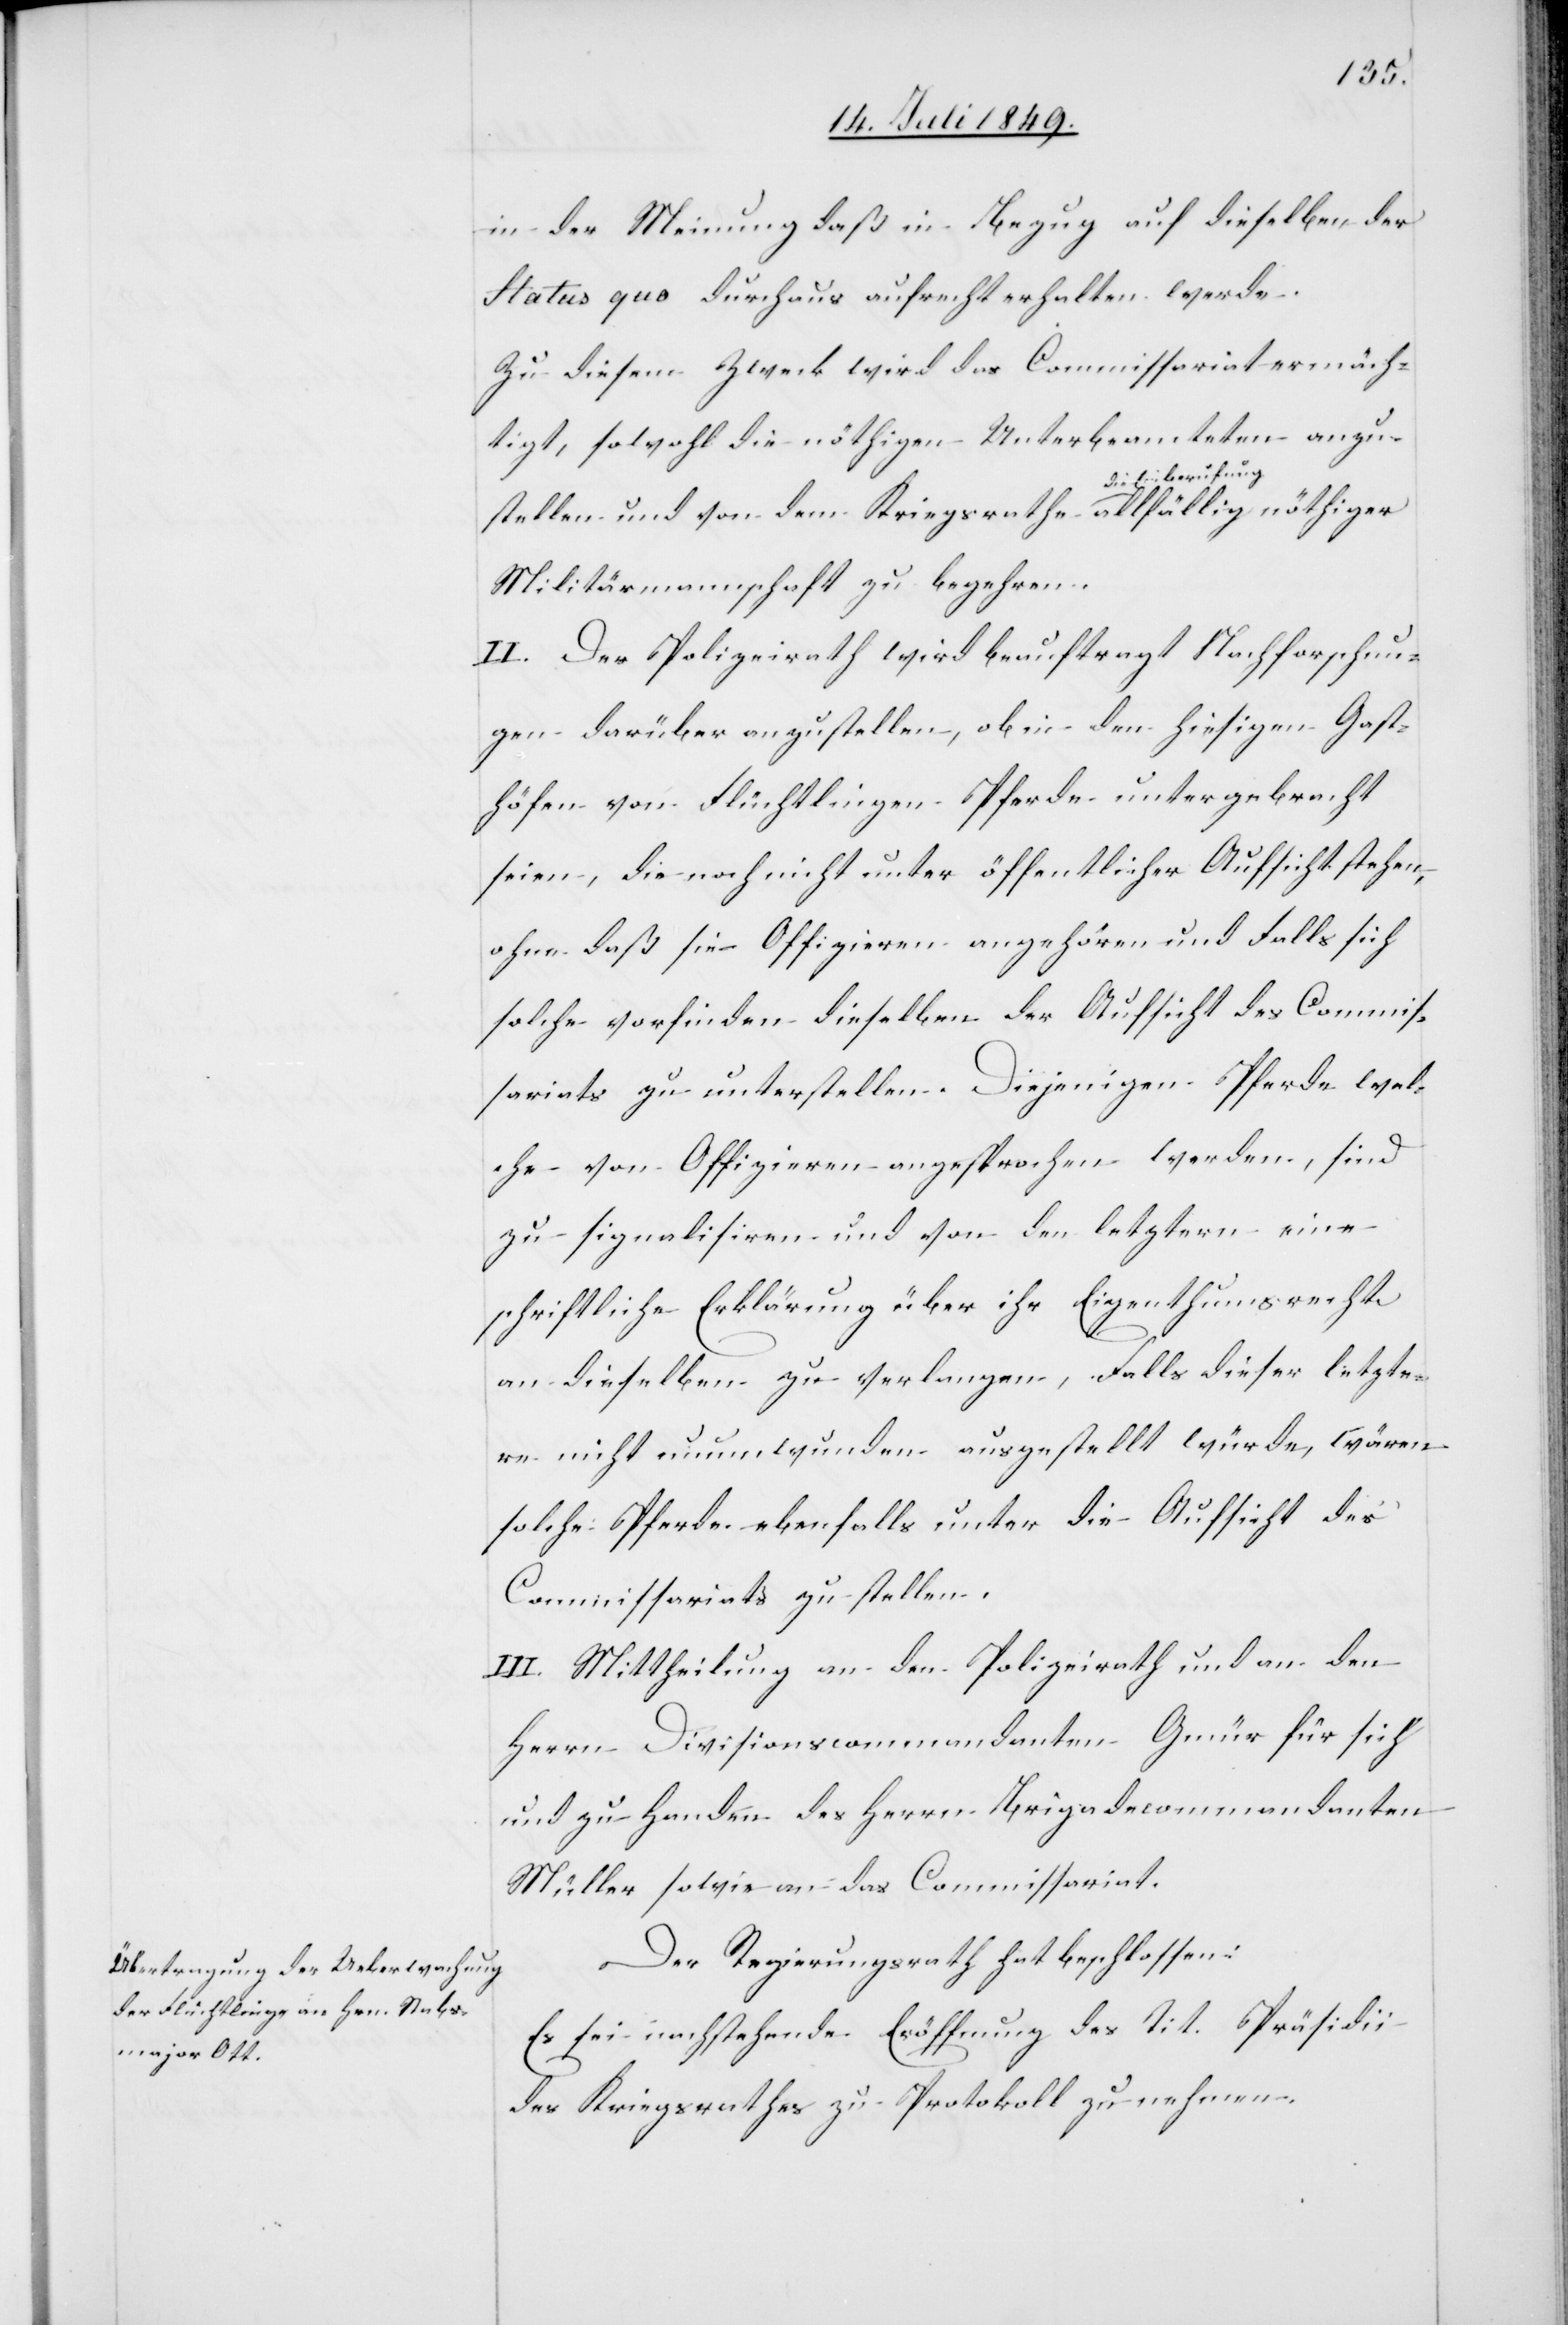
in der Meinung daß in Bezug auf dieselben der
Status quo durchaus aufrecht erhalten werde.
Zu diesem Zweck wird das Commissariat ermäch¬
tigt, sowohl die nöthigen Unterbeamteten anzu¬
stellen und von dem Kriegsrathe die Einberufung
Militärmannschaft zu begehen.
II. Der Polizeirath wird beauftragt Nachforschun¬
gen darüber anzustellen, ob in den hiesigen Gast¬
höfen von Flüchtlingen Pferde untergebracht
seien, die noch nicht unter öffentlicher Aufsicht stehen,
ohne daß sie Offizieren angehören und Falls sich
solche vorfinden dieselben der Aufsicht des Commis¬
sariats zu unterstellen. Diejenigen Pferde wel¬
che von Offizieren angesprochen werden, sind
zu signalisiren und von den letztern eine
schriftliche Erklärung über ihr Eigenthumsrecht
an dieselben zu verlangen, Falls dieser letzte¬
re nicht unumwunden ausgestellt würde, wären
solche Pferde ebenfalls unter die Aufsicht des
Commissariats zu stellen.
III. Mittheilung an den Polizeirath und an den
Herrn Divisionscommandanten Gmür für sich
und zu Handen des Herrn Brigadecommandanten
Müller sowie an das Commissariat.
Der Regierungsrath hat beschlossen:
Es sei nachstehende Eröffnung des Tit. Präsidii
des Kriegsrathes zu Protokoll zu nehmen.